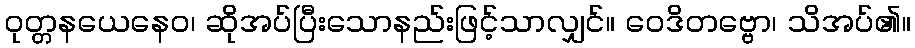
ဝုတ္တနယေနေဝ၊ ဆိုအပ်ပြီးသောနည်းဖြင့်သာလျှင်။ ဝေဒိတဗ္ဗော၊ သိအပ်၏။